Insane asylums in Bengal annual reports 1876-1887 - 1876-1887
Year: 1876
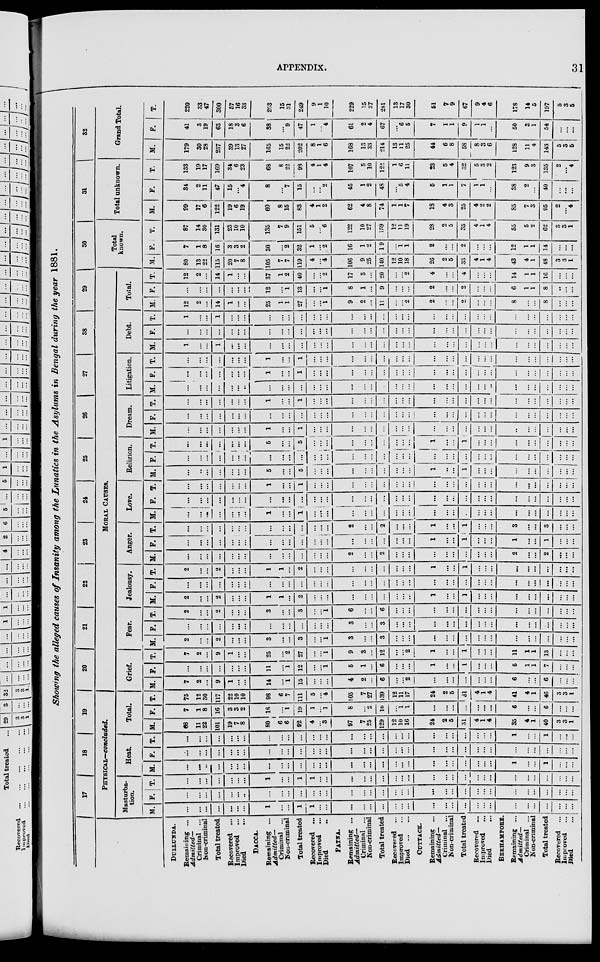
APPENDIX.
31
Showing the alleged causes of Insanity among the Lunatics in the Asylums in Bengal during the year 1881.
DULLUNDA.
Remaining ...
Admitted—
Criminal ...
Non-criminal
Total treated.
Recovered ...
Improved ...
Died ...
DACCA.
Remaining ...
Admitted—
Criminal ...
Non-criminal
Total treated
Recovered ...
Improved ...
Died ...
PATNA.
Remaining ...
Admitted—
Criminal ...
Non-criminal
Total treated
Recovered ...
Improved ...
Died
...
...
CUTTACK.
Remaining ...
Admitted-
Criminal
...
Non- criminal
Total treated
Recovered ...
Improved ...
Died ...
BERHAMPORE.
Remaining ...
Admitted—
Criminal ...
Non-criminal
Total treated
Recovered ...
Improved ...
Died ...
17 18 19
PHYSICAL—concluded.
Masturba-
tion.
M.
...
...
...
...
...
...
...
...
...
...
1
...
...
...
1
1
...
...
...
...
...
...
...
...
...
...
...
...
...
...
...
...
...
...
...
...
...
...
...
...
...
...
...
...
...
F.
...
...
...
...
...
...
...
...
...
...
...
...
...
...
...
...
...
...
...
...
...
...
...
...
...
...
...
...
...
...
...
...
...
...
...
...
...
...
...
...
...
...
...
...
...
T.
...
...
...
...
...
...
...
...
...
...
1
...
...
...
1
1
...
...
...
...
...
...
...
...
...
...
...
...
...
...
...
...
...
...
...
...
...
...
...
...
...
...
...
...
...
Heat.
M.
...
...
...
...
...
...
...
...
...
...
...
...
...
...
...
...
...
...
...
...
...
...
...
...
...
...
...
...
...
...
...
...
...
...
...
...
...
1
...
...
...
1
...
...
...
F.
...
...
...
...
...
...
...
...
...
...
...
...
...
...
...
...
...
...
...
...
...
...
...
...
...
...
...
...
...
...
...
...
...
...
...
...
...
...
...
...
...
...
...
...
...
T.
...
...
...
...
...
...
...
...
...
...
...
...
...
...
...
...
...
...
...
...
...
...
...
...
...
...
...
...
...
...
...
...
...
...
...
...
...
1
...
...
...
1
...
...
...
Total.
M.
...
68
...
11
22
101
19
7
8
...
80
...
6
6
92
4
...
3
...
97
...
7
25
129
12
10
16
...
24
...
2
5
31
4
1
4
...
35
...
4
1
40
3
3
1
F.
...
7
...
1
8
16
3
3
2
...
18
...
...
1
19
1
...
1
...
8
...
...
2
10
...
1
1
...
...
...
...
...
...
...
...
...
...
6
...
...
...
6
...
...
...
T.
...
75
...
12
30
117
22
10
10
...
98
...
6
7
111
5
...
4
...
105
...
7
27
139
12
11
17
...
24
...
2
5
31
4
1
4
...
41
...
4
1
46
3
3
1
20
21
22
23
24
25
26
27
38
29
MORAL CAUSES.
Grief.
M.
...
7
...
2
...
9
1
...
...
...
14
...
...
1
15
...
...
...
...
4
...
2
...
6
...
...
2
...
...
...
...
...
...
...
...
...
...
6
...
...
...
6
...
...
...
F.
...
...
...
...
...
...
...
...
...
...
11
...
...
1
12
...
...
1
...
6
...
1
...
6
...
...
...
...
1
...
...
...
1
...
...
...
...
5
...
1
1
7
...
...
...
T.
...
7
...
2
...
9
1
...
...
...
25
...
...
2
27
...
...
1
...
9
...
3
...
12
...
...
2
...
1
...
...
...
1
...
...
...
...
11
...
1
1
13
...
...
...
Fear.
M.
...
2
...
...
...
2
...
...
...
...
3
...
...
...
3
...
...
1
...
3
...
...
...
3
...
...
...
...
...
...
...
...
...
...
...
...
...
...
...
...
...
...
...
...
...
F.
...
...
...
...
...
...
...
...
...
...
...
...
...
...
...
...
...
...
...
3
...
...
...
3
...
...
...
...
...
...
...
...
...
...
...
...
...
...
...
...
...
...
...
...
...
T.
...
2
...
...
...
2
...
...
...
...
3
...
...
...
3
...
...
1
...
6
...
...
...
6
...
...
...
...
...
...
...
...
...
...
...
...
...
...
...
...
...
...
...
...
...
Jealousy.
M.
...
2
...
...
...
2
...
...
...
...
1
...
1
...
2
...
...
...
...
...
...
...
...
...
...
...
...
...
1
...
...
...
1
...
...
...
...
...
...
...
...
...
...
...
...
F.
...
...
...
...
...
...
...
...
...
...
...
...
...
...
...
...
...
...
...
...
...
...
...
...
...
...
...
...
...
...
...
...
...
...
...
...
...
...
...
...
...
...
...
...
...
T.
...
2
...
...
...
2
...
...
...
...
1
...
1
...
2
...
...
...
...
...
...
...
...
...
...
...
...
...
1
...
...
...
1
...
...
...
...
...
...
...
...
...
...
...
...
Anger.
M.
...
...
...
...
...
...
...
...
...
...
...
...
...
...
...
...
...
...
...
2
...
...
...
2
...
...
...
...
...
...
...
...
...
...
...
...
...
2
...
...
...
2
...
...
...
F.
...
...
...
...
...
...
...
...
...
...
...
...
...
...
...
...
...
...
...
...
...
...
...
...
...
...
...
...
1
...
...
...
1
...
...
...
...
1
...
...
...
1
...
...
...
T.
...
...
...
...
...
...
...
...
...
...
...
...
...
...
...
...
...
...
...
2
...
...
...
2
...
...
...
...
1
...
...
...
1
...
...
...
...
3
...
...
...
3
...
...
...
Love.
M.
...
...
...
...
...
...
...
...
...
...
1
...
...
...
1
...
...
...
...
...
...
...
...
...
...
...
...
...
...
...
...
...
...
...
...
...
...
...
...
...
...
...
...
...
F.
...
...
...
...
...
...
...
...
...
...
...
...
...
...
...
...
...
...
...
...
...
...
...
...
...
...
...
...
...
...
...
...
...
...
...
...
...
...
...
...
...
...
...
...
...
T.
...
...
...
...
...
...
...
...
...
...
1
...
...
...
1
...
...
...
...
...
...
...
...
...
...
...
...
...
...
...
...
...
...
...
...
...
...
...
...
...
...
...
...
...
...
Religion.
M.
...
...
...
...
...
...
...
...
...
...
5
...
...
...
5
...
...
...
...
...
...
...
...
...
...
...
...
...
1
...
...
...
1
...
...
...
...
...
...
...
...
...
...
...
...
F.
...
...
...
...
...
...
...
...
...
...
...
...
...
...
...
...
...
...
...
...
...
...
...
...
...
...
...
...
...
...
...
...
...
...
...
...
...
...
...
...
...
...
...
...
...
T.
...
...
...
...
...
...
...
...
...
...
5
...
...
...
5
...
...
...
...
...
...
...
...
...
...
... ...
...
1
...
...
...
1
...
...
...
...
...
...
...
...
...
...
...
...
Dream.
M.
...
...
...
...
...
...
...
...
...
...
1
...
...
...
1
...
...
...
...
...
...
...
...
...
...
...
...
...
...
...
...
...
...
...
...
...
...
...
...
...
...
...
...
...
...
F.
...
...
...
...
...
...
...
...
...
...
...
...
...
...
...
...
...
...
...
...
...
...
...
...
...
...
...
...
...
...
...
...
...
...
...
...
...
...
...
...
...
...
...
...
...
T.
...
...
...
...
...
...
...
...
...
...
1
...
...
...
1
...
...
...
...
...
...
...
...
...
...
...
...
...
...
...
...
...
...
...
...
...
...
...
...
...
...
...
...
...
...
Litigation.
M.
...
...
...
...
...
...
...
...
...
...
...
...
...
...
...
...
...
...
...
...
...
...
...
...
...
...
...
...
...
...
...
...
...
...
...
...
...
...
...
...
...
...
...
...
...
F.
...
...
...
...
...
...
...
...
...
...
1
...
...
...
1
...
...
...
...
...
...
...
...
...
...
...
...
...
...
...
...
...
...
...
...
...
...
...
...
...
...
...
...
...
...
T.
...
...
...
...
...
...
...
...
...
...
1
...
...
...
1
...
...
...
...
...
...
...
...
...
...
...
...
...
...
...
...
...
...
...
...
...
...
...
...
...
...
...
...
...
...
M.
...
1
...
...
...
1
...
...
...
...
...
...
...
...
...
...
...
...
...
...
...
...
...
...
...
...
...
...
...
...
...
...
...
...
...
...
...
...
...
...
...
...
...
...
Debt
F.
...
...
...
...
...
...
...
...
...
...
...
...
...
...
...
...
...
...
...
...
...
...
...
...
...
...
...
...
...
...
...
...
...
...
...
...
...
...
...
...
...
...
...
...
...
T.
...
1
...
...
...
1
...
...
...
...
...
...
...
...
...
...
...
...
...
...
...
...
...
...
...
...
...
...
...
...
...
...
...
...
...
...
...
...
...
...
...
...
...
...
...
Total.
M.
...
12
...
2
...
14
1
...
...
...
25
...
1
1
27
...
...
1
...
9
...
2
...
11
...
...
2
...
2
...
...
...
2
...
...
...
...
8
...
...
...
8
...
...
...
F.
...
...
...
...
...
...
...
...
...
...
12
...
...
1
13
...
...
1
...
8
...
1
...
9
...
...
...
...
2
...
...
...
2
...
...
...
...
6
...
1
1
8
..
...
...
T.
...
12
...
2
...
14
1
...
...
37
...
1
2
40
...
...
2
...
17
...
3
...
20
...
...
2
...
4
...
...
...
4
...
...
...
...
14
...
1
1
16
...
...
...
30
Total
known.
M.
...
80
...
13
22
115
20
7
8
...
105
...
7 7
119
4
...
4
...
106
...
9
25
140
12
10
18
...
26
...
2
5
33
4
1
4
...
43
...
4
1
48
3
3
1
F.
...
7
...
1
8
16
3
3
2
...
30
...
...
2
32
1
...
2
...
16
...
1
2
19
...
1
1
...
2
...
...
...
2
...
...
...
...
12
...
1
1
14
...
...
...
T.
...
87
...
14
30
131
23
10
10
...
135
...
7
9
151
5
...
6
...
122
...
10
27
159
12
11
19
...
28
...
2
5
35
4
1
4
...
55
...
5
2
62
3
3
1
31
Total unknoown.
M.
...
99
...
17
6
122
19
6
19
...
60
...
8
15
83
4
1
2
...
62
...
4
8
74
1
1
7
...
18
...
4
3
25
4
2
2
...
85
...
7
3
95
2
...
4
F.
...
31
...
2
11
47
15
...
4
...
8
... ...
7
15
...
...
2
...
45
...
1
2
48
...
5
4
...
5
...
1
1
7
1
1
...
...
38
...
2
...
40
...
...
...
T.
...
133
...
19
17
169
34
6
23
...
68
...
8
22
98
4
1
4
...
107
...
5
10
122
1
6
11
...
23
...
5
4
32
5
3
2
...
123
...
9
3
135
2
...
4
32
Grand Total.
M.
...
179
...
30
28
237
39
13
27
...
165
...
15
22
202
8
1
6
...
168
...
13
33
214
13
11
25
...
44
...
6
8
58
8
3
6
...
128
...
11
4
143
5
3
5
F.
...
41
...
3
19
63
18
3
6
...
38
...
...
9
47
1
...
4
...
61
...
2
4
67
...
6
5
...
7
...
1
1
9
1
1
...
...
50
...
3
1
54
...
...
...
T.
...
220
...
33
47
300
57
16
33
...
203
...
15
31
249
9
1
10
...
229
...
15
37
281
13
17
30
...
51
...
7
9
67
9
4
6
...
178
...
14
5
197
5
3
5